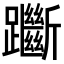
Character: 𨇰